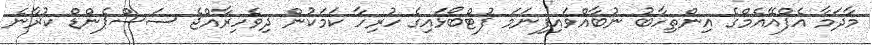
މާދަމާ އެފްއޭއެމްގެ އިންތިހާބު ނުބާއްވައިފިނަމަ ފުޓްބޯޅައިގެ ހުރިހާ ކަމަކުން ދިވެހިރާއްޖެ ސަސްޕެންޑް ކުރާނެ